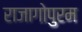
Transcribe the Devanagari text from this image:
राजागोपुरम